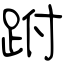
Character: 跗